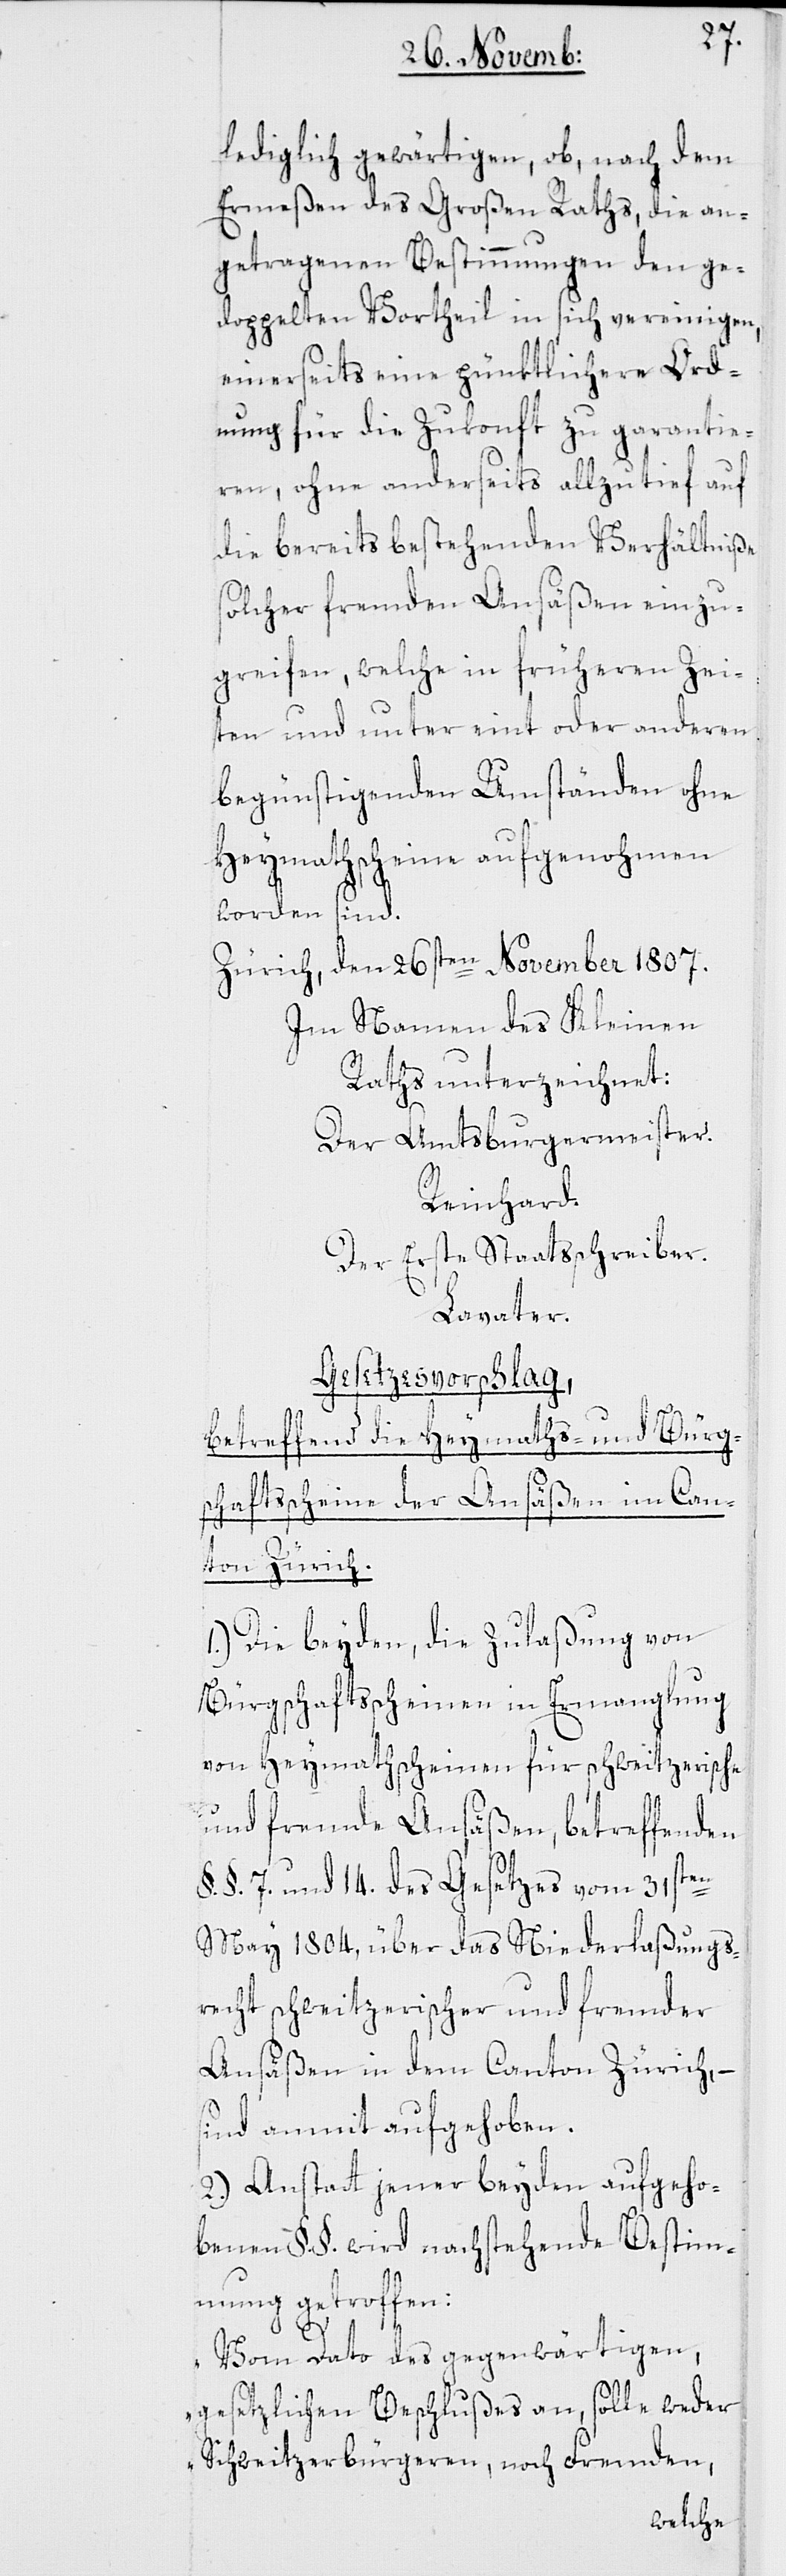
lediglich gewärtigen, ob, nach dem
Ermeßen des Großen Raths, die an¬
getragenen Bestimmungen den ge¬
doppelten Vortheil in sich vereinigen,
einerseits eine pünktlichere Ord¬
nung für die Zukonft zu garantie¬
ren, ohne anderseits allzu tief auf
die bereits bestehenden Verhältniße
solcher fremden Ansäßen einzu¬
greifen, welche in früheren Zei¬
ten und unter eint oder anderen
begünstigenden Umständen ohne
Heymathscheine aufgenohmen
worden sind.
Zürich, den 26sten November 1807.
Im Namen des Kleinen
Raths unterzeichnet:
Der Amtsburgermeister
Reinhard.
Der Erste Staatsschreiber.
Lavater.
Gesetzesvorschlag,
betreffend die Heymaths- und Bürg¬
schaftsscheine der Ansäßen im Can¬
ton Zürich.
1.) Die beyden, die Zulaßung von
Bürgschaftsscheinen in Ermanglung
von Heymathscheinen für schweitzerische
und fremde Ansäßen, betreffenden
§.§. 7. und 14. des Gesetzes vom 31sten
May 1804., über das Niederlaßungs¬
recht schweitzerischer und fremder
Ansäßen in dem Canton Zürich,
sind anmit aufgehoben.
2.) Anstatt jener beyden aufgeho¬
benen §§. wird nachstehende Bestim¬
mung getroffen:
„Vom Dato des gegenwärtigen
gesetzlichen Beschlußes an, solle weder
Schweitzerbürgeren, noch Fremden,